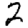
Digit: 2